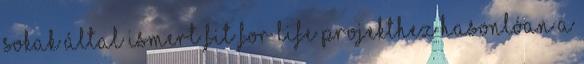
sokak által ismert Fit for life projekthez hasonlóan a